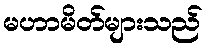
မဟာမိတ်များသည်